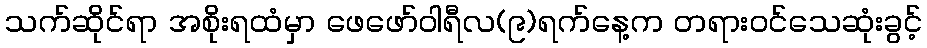
သက်ဆိုင်ရာ အစိုးရထံမှာ ဖေဖော်ဝါရီလ(၉)ရက်နေ့က တရားဝင်သေဆုံးခွင့်